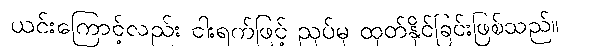
ယင်းကြောင့်လည်း ငါးရက်ဖြင့် ညှပ်မှ ထုတ်နိုင်ခြင်းဖြစ်သည်။